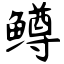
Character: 鳟